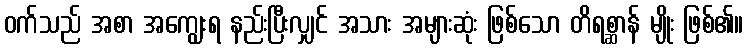
ဝက်သည် အစာ အကျွေးရ နည်းပြီးလျှင် အသား အများဆုံး ဖြစ်သော တိရစ္ဆာန် မျိုး ဖြစ်၏။